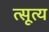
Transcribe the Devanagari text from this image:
त्सूत्य